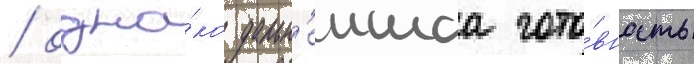
/ одна́ко дальн'еишаа гото́вность